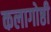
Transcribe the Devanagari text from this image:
कलागोष्ठी